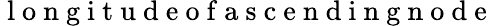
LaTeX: \mathrm{~l~o~n~g~i~t~u~d~e~o~f~a~s~c~e~n~d~i~n~g~n~o~d~e~}